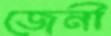
জেনী